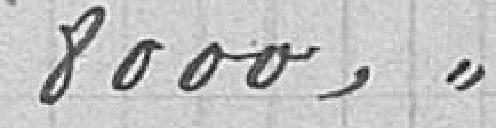
8000